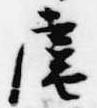
扈